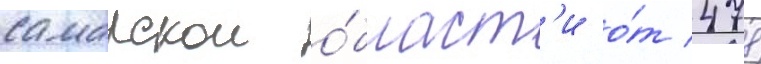
самарскои о́бласт'и о́т 478